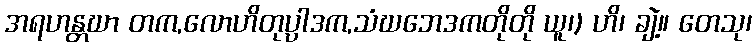
အရဟန္တဃာ တက,လောဟိတုပ္ပါဒက,သံဃဘေဒကတိုတို ယူ၊) ဟိ၊ ချဲ့။ တေသု၊